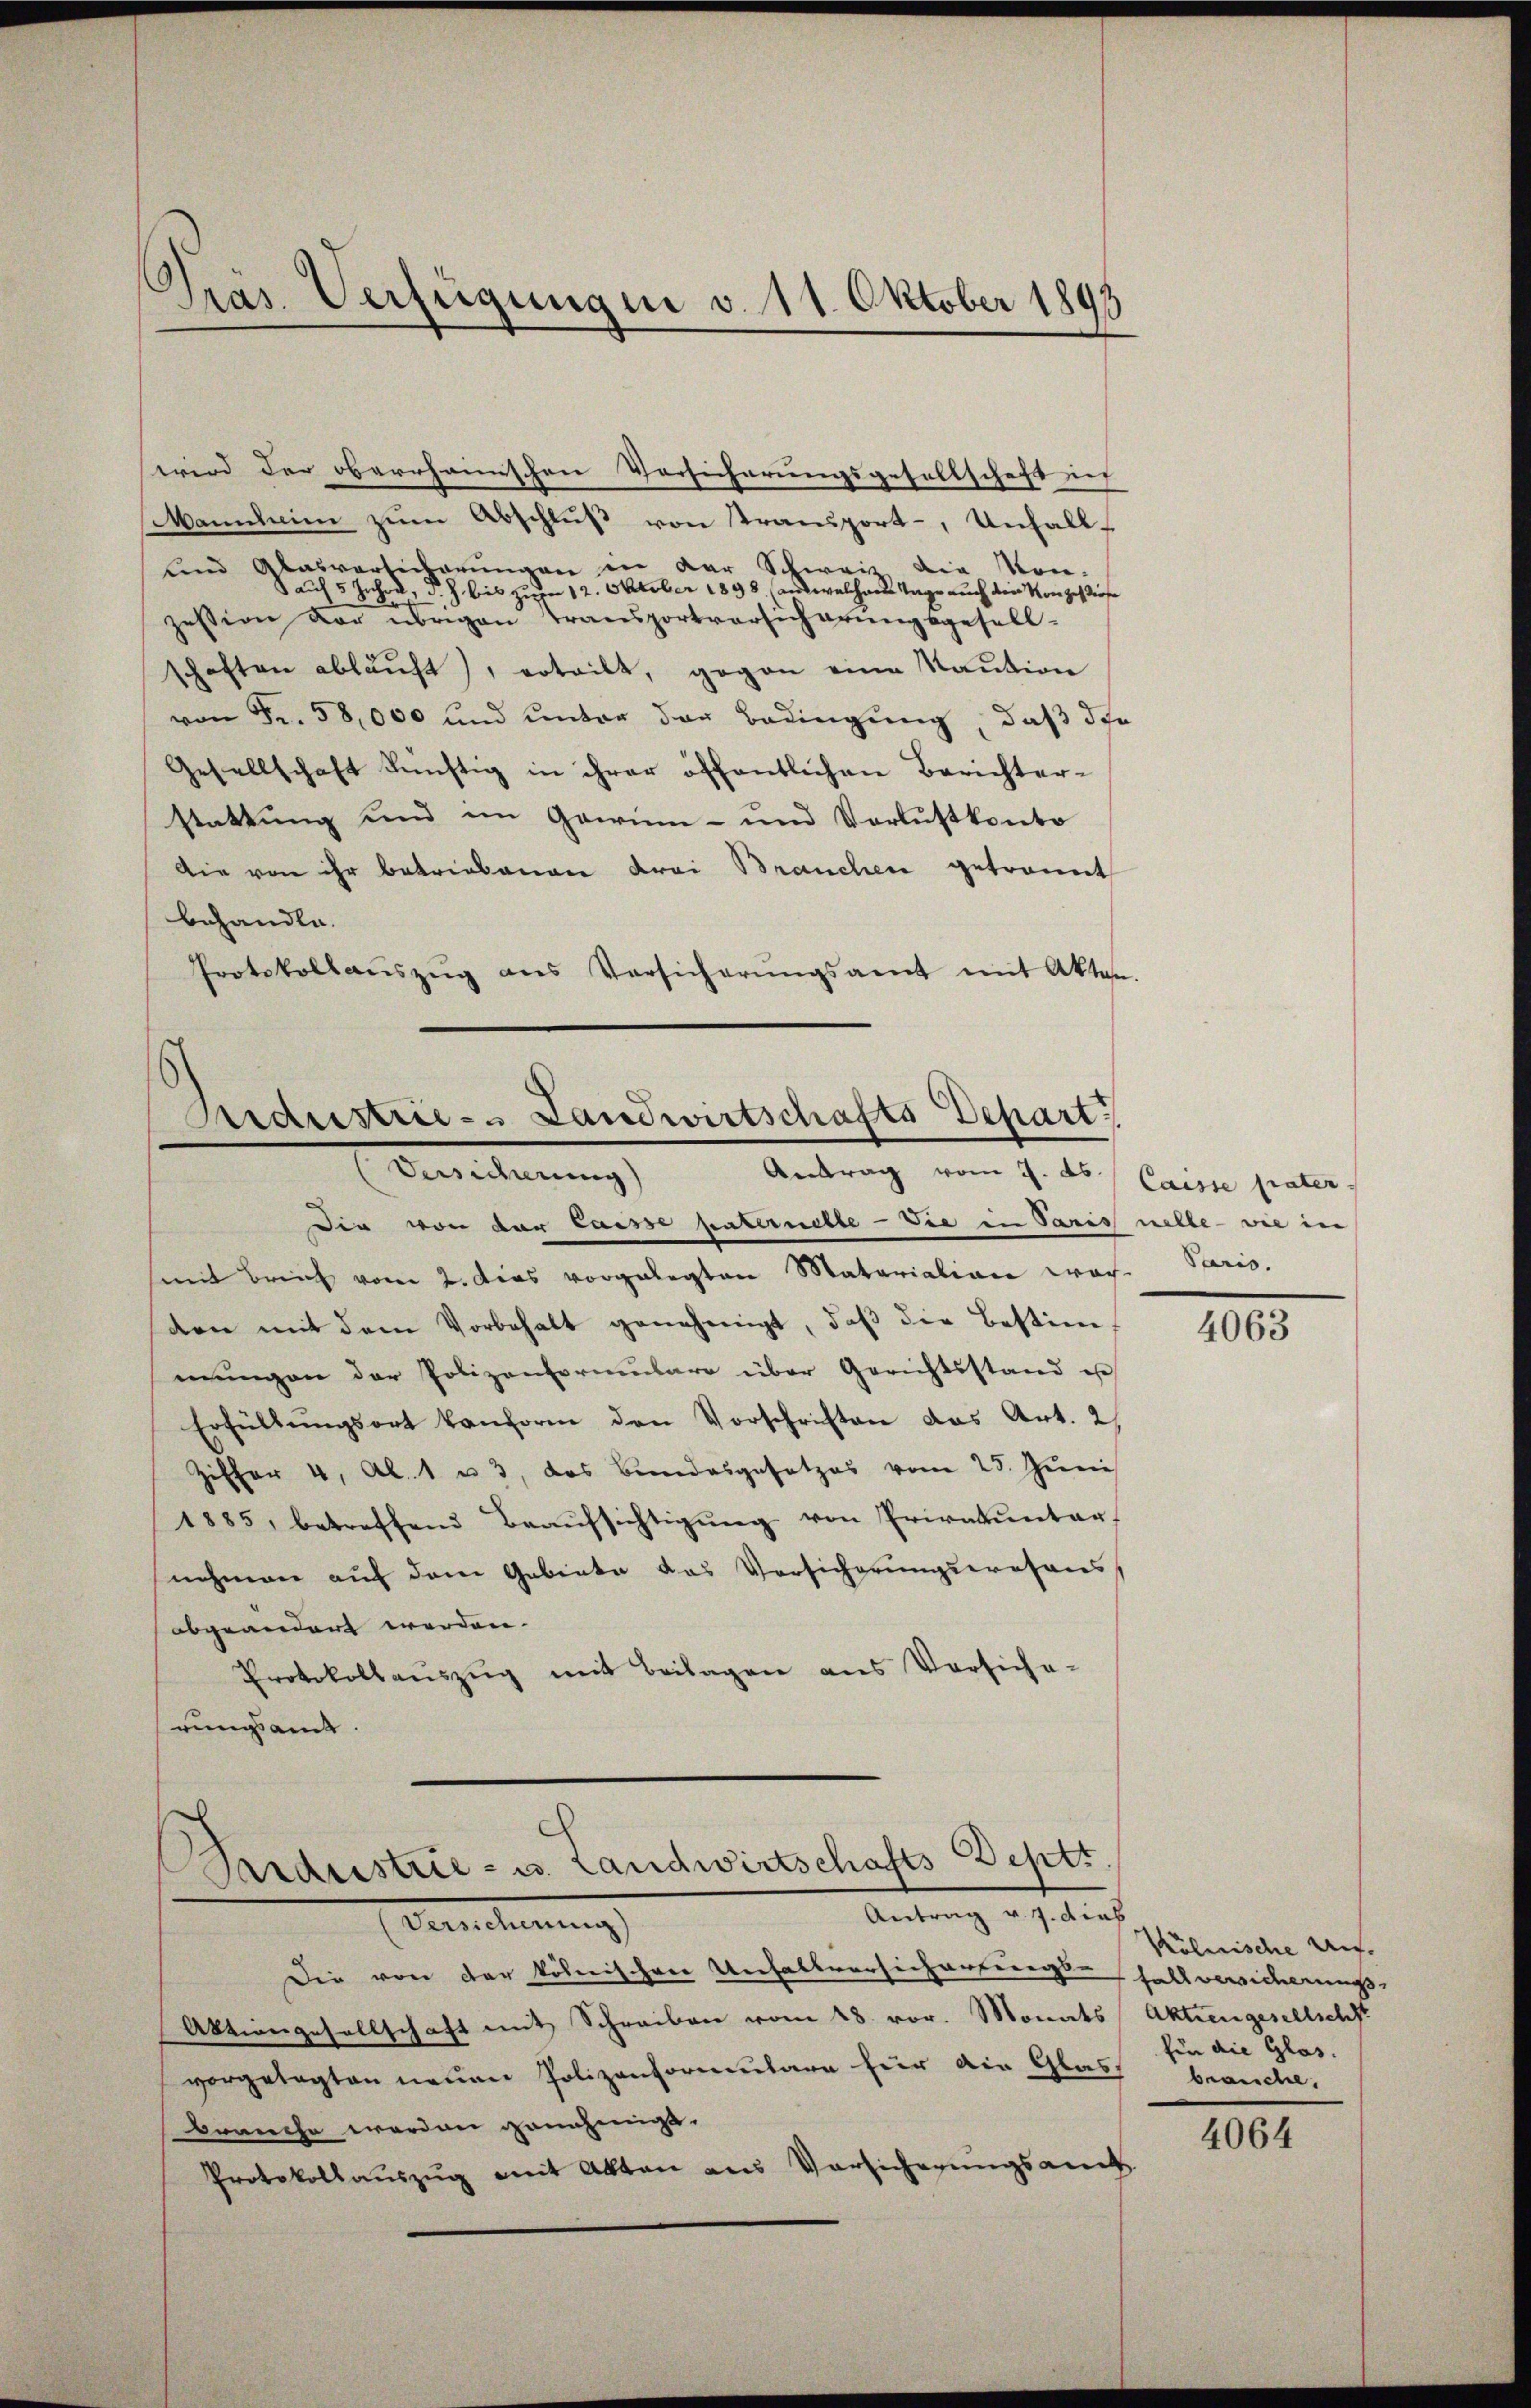
Präs. Verfügungen v. 11. Oktober 1895

Mannheim zum Abschluß von Transport-, Unfall-
und Abasvortenbarungen in der Schweiz die Kon-
S auch 5 Jahre, d. h. bis zum 12. Oktober 1898 (aus welcher Tage auch die Konzes diese
zession der übrigen Transportversicherungsgesell-
schaften ablaŭft), erteilt, gegen eine Staŭtion
von Fr. 58,000 und unter der Bedingung, daß die
Gesellschaft künstig in ihrer öffentlichen Berichter-
stattung und im Gawin- und Verlustkonto
Die von ihr betriebenen drei Brauchen getrannt
behandle.
Protokollaŭszŭg ans Versicherŭngsamt mit Akten.

wird der oberrhonischen Vorsicherungsgesellschaft in

Kraustrie- Landwirtschafts Depart
Versidierung)
Antrag vom 7. ds / Caisse pater.

die von der lasse habernelle - die in Paris nelle - wie in
mit Breich vom 2. Das vorgelegten Materialiana war. Paris,
den mit dem Vorbehalt genehmigt, daβ die Bestim-
mungen der Polizenformulare über Gerichtsstand ist
Erfüllŭngsort konform den Vorschriften das Art. 2,
Ziffer 4, Al. 1 u. 3, das Bundesgesetzes vom 25. Juni
1885, betreffend Beaŭfsichtigŭng von Privatunter
nehmen auf dem Gebiete das Vorsicherungswesens,
abgeändert werden. |
Protokollaŭszŭg mit Beilagen aus Versiche-
rungsamt.

Seidestrie - u. Landwirtschafts Deptt
Antrag v. 7. dies
Eerechnung

Die von der kölnischen Unhaltversicherfugte halb versicherungs
Aktiengesellschaft mit Schreiben vom 28. vor. Monats Aktiengesellschf
vorgelegten neuen Polizenformulare für die Glas, brauche.
brauche worden genehmigt.
Protokollauszug mit Akten aus Versicherungsamt

4063

Kölnische Auf-
fin die Glas.

4064